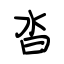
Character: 沓